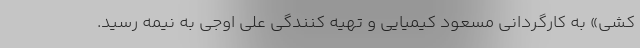
کشی» به کارگردانی مسعود کیمیایی و تهیه کنندگی علی اوجی به نیمه رسید.